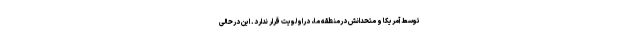
توسط آمریکا و متحدانش درمنطقه ما، دراولویت قرار ندارد. این درحالی